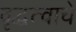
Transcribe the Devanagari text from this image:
वृद्धत्वाचे